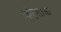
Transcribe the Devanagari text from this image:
जॉइसाचा